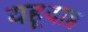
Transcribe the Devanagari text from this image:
यहूदाह